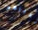
تخبرهم